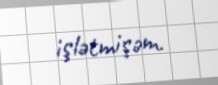
işlətmişəm.